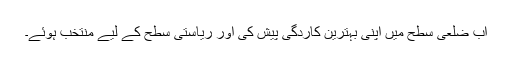
اب ضلعی سطح میں اپنی بہترین کاردگی پیش کی اور ریاستی سطح کے لیے منتخب ہوئے۔